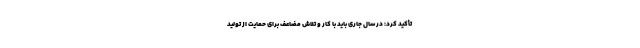
تأکید کرد: در سال جاری باید با کار و تلاش مضاعف برای حمایت از تولید